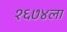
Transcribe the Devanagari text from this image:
१६७४ला